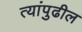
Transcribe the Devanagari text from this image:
त्यांपुढील